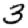
Digit: 3